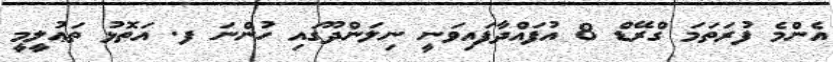
އެންމެ ފުރަތަމަ ގްރޭޑް 8 އުފައްދާފައިވަނީ ނިލަންދޫގައި ހުންނަ ފ. އަތޮޅު ތަޢުލީމީ